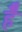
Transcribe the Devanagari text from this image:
है॓